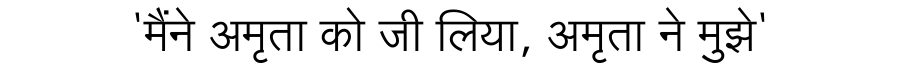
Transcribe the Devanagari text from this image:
'मैंने अमृता को जी लिया, अमृता ने मुझे'